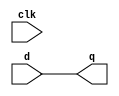
module fakedelay_1(d,clk,q);
parameter WIDTH=32;
input [WIDTH-1:0] d;
input clk;
output [WIDTH-1:0] q;
assign q=d;
endmodule